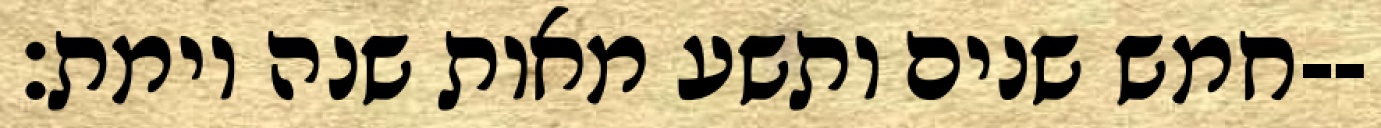
חמש שנים ותשע מאות שנה וימת׃--